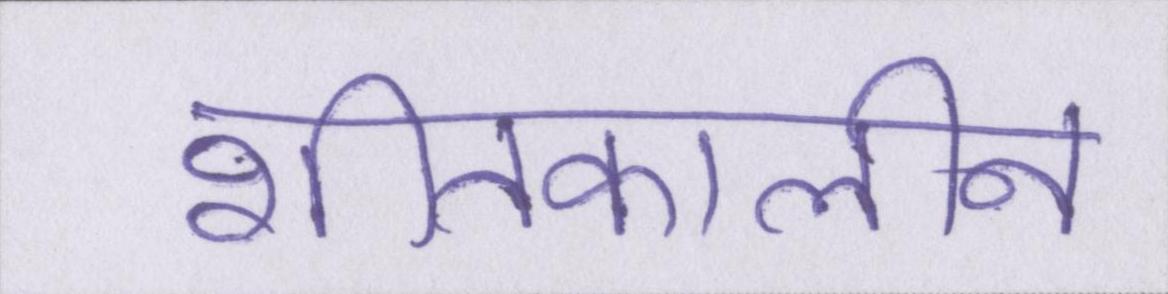
शीतकालीन